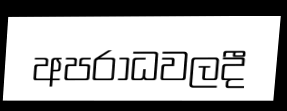
අපරාධවලදී